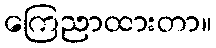
ကြေညာထားတာ။